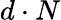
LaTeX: d\cdot N